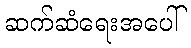
ဆက်ဆံရေးအပေါ်